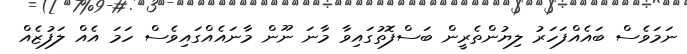
ނަމަވެސް ބައެއްފަހަރު ލިޔުންތެރީން ބަސްފޮތުގައިވާ މާނަ ނޫން މާނައެއްގައިވެސް ހަމަ އެއް ލަފުޒެއް